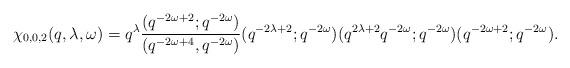
LaTeX: \begin{align*}\chi_{0, 0, 2}(q, \lambda, \omega) = q^\lambda \frac{(q^{-2\omega + 2}; q^{-2\omega})}{(q^{-2\omega + 4}, q^{-2\omega})} (q^{-2\lambda + 2}; q^{-2\omega}) (q^{2\lambda + 2} q^{-2\omega}; q^{-2\omega}) (q^{-2\omega + 2}; q^{-2\omega}).\end{align*}